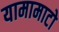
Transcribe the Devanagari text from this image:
यामामाटो